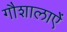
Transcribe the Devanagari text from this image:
गौशालाऐं